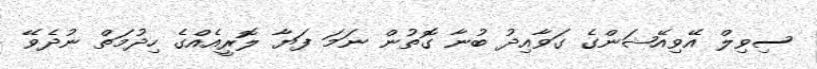
ސިވިލް އޭވިއޭޝަންގެ ގަވާއިދު ބުނާ ގޮތުން ނަމަ ފަޔާ ލޮރީއެއްގެ ހިދުމަތް ނުދެވޭ